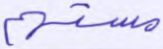
مستهم